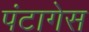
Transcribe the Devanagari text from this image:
पंटागेस